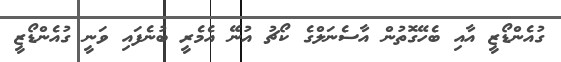
ގުއެންޑޯޒީ އާއި ބެހޭގޮތުން އާސެނަލްގެ ކޯޗު އުނޭ އެމެރީ ބުނެފައި ވަނީ ގުއެންޑޯޒީ